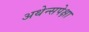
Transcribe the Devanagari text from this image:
अथेन्सपेक्षा